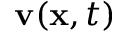
\mathbf { v } ( { \bf x } , t )